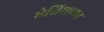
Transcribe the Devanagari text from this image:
ऐतिशायन